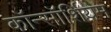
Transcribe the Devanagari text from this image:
कॉन्सॉर्शियम